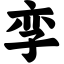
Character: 孪